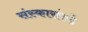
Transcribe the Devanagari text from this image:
संस्कारांकडे